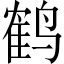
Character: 鹤